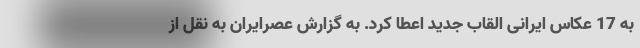
به 17 عکاس ایرانی القاب جدید اعطا کرد. به گزارش عصرایران به نقل از